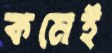
কমেই